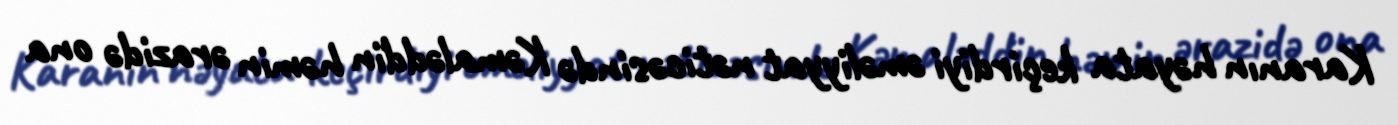
Karanın həyata keçirdiyi əməliyyat nəticəsində Kəmaləddin həmin ərazidə ona